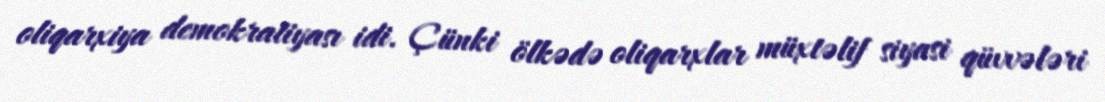
oliqarxiya demokratiyası idi. Çünki ölkədə oliqarxlar müxtəlif siyasi qüvvələri